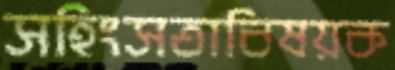
সহিংসতাবিষয়ক